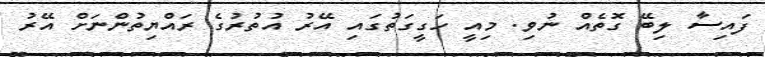
ފައިސާ ލިބޭ ގޮތެއް ނުވި. މިއީ ހަގީގަތުގައި އޭރު އުތުރުގެ ރައްޔިތުންނަށް އޭރު